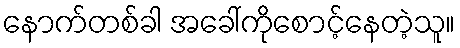
နောက်တစ်ခါ အခေါ်ကိုစောင့်နေတဲ့သူ။